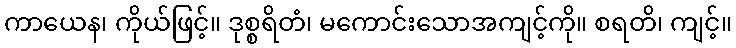
ကာယေန၊ ကိုယ်ဖြင့်။ ဒုစ္စရိတံ၊ မကောင်းသောအကျင့်ကို။ စရတိ၊ ကျင့်။